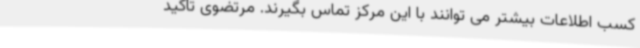
کسب اطلاعات بیشتر می توانند با این مرکز تماس بگیرند. مرتضوی تاکید